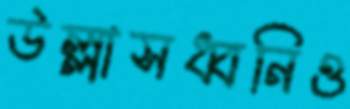
উল্লাসধ্বনিও